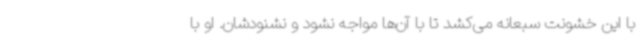
با این خشونت سبعانه می‌کشد تا با آن‌ها مواجه نشود و نشنودشان. او با